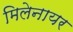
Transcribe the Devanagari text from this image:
मिलेनायर